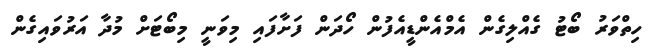
ހިތްވަރު ބޯޓު ގެއްލިގެން އެމްއެންޑީއެފުން ހޯދަން ފަށާފައި މިވަނީ މިބޯޓަށް މުދާ އަރުވައިގެން